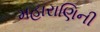
મહારાણિની